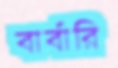
বার্বারি